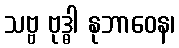
သဗ္ဗ ဗုဒ္ဓါ နုဘာဝေန၊